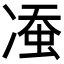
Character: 𱐈